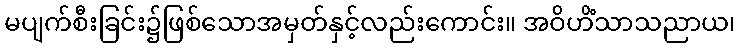
မပျက်စီးခြင်း၌ဖြစ်သောအမှတ်နှင့်လည်းကောင်း။ အဝိဟိံသာသညာယ၊